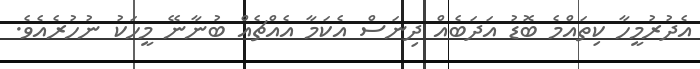
އެދުރުމީހާ ކިތައްމެ ބޮޑު އަދަބެއް ދިނަސް އެކަމާ އެއްޗެއް ބުނާނޭ މީހަކު ނުހުރެއެވެ.